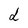
Character: d